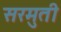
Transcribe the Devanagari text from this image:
सरमुती